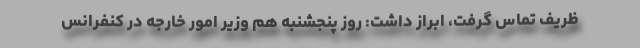
ظریف تماس گرفت، ابراز داشت: روز پنجشنبه هم وزیر امور خارجه در کنفرانس